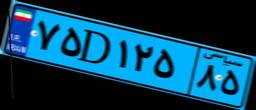
۵۵D۱۱۶۱۳